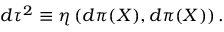
d \tau ^ { 2 } \equiv \eta \left( d \pi ( X ) , d \pi ( X ) \right) .